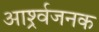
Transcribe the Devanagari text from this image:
आर्श्र्वजनक